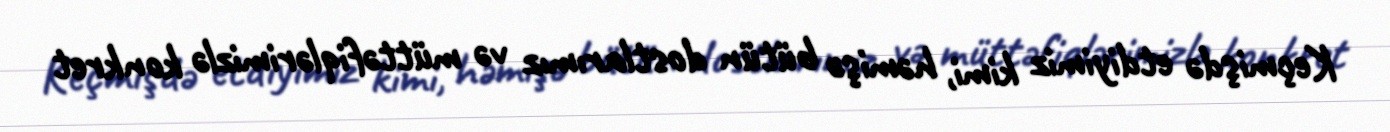
Keçmişdə etdiyimiz kimi, həmişə bütün dostlarımız və müttəfiqlərimizlə konkret